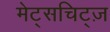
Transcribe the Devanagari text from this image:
मेट्सचिट्ज़